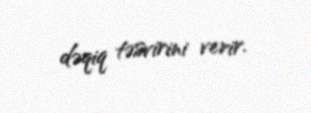
dəqiq təsvirini verir.